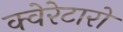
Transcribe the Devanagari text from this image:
क्वेरेटारो